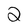
Character: 2